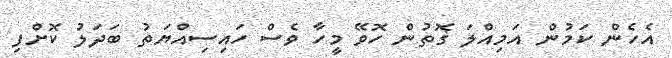
އެހެން ކަމުން އަމިއްލަ ގޮތުން ހޮވޭ މީހާ ވެސް ހައިސިއްޔަތު ބަދަލު ކޮށްފި